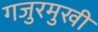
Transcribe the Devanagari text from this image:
गजुरमुखी